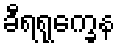
ခီရရုက္ခေန